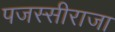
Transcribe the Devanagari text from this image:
पजस्सीराजा